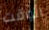
الوقت